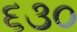
૬૩૦